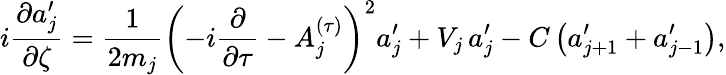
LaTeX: i\frac{\partial a_{j}^{\prime}}{\partial\zeta}=\frac{1}{2m_{j}}\left(-i\frac{\partial}{\partial\tau}-A_{j}^{(\tau)}\right)^{2}a_{j}^{\prime}+V_{j}\, a_{j}^{\prime}-C\left(a_{j+1}^{\prime}+a_{j-1}^{\prime}\right),